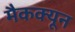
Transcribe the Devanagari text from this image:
मैकक्यून